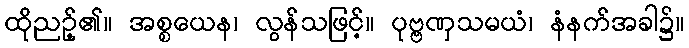
ထိုညဉ့်၏။ အစ္စယေန၊ လွန်သဖြင့်။ ပုဗ္ဗဏှသမယံ၊ နံနက်အခါ၌။